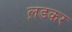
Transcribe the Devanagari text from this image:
ल़डकर